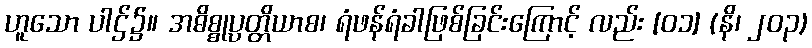
ဟူသော ပါဌ်၌။ အဓိစ္စုပ္ပတ္တိယာစ၊ ရံဖန်ရံခါဖြစ်ခြင်းကြောင့် လည်း [၀၁] (နိ၊ ၂၀၃)